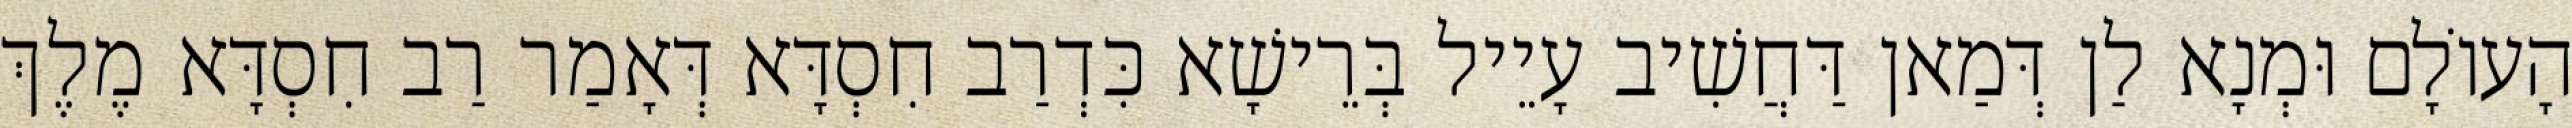
הָעוֹלָם וּמְנָא לַן דְּמַאן דַּחֲשִׁיב עָיֵיל בְּרֵישָׁא כִּדְרַב חִסְדָּא דְּאָמַר רַב חִסְדָּא מֶלֶךְ